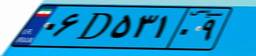
۰۶D۵۳۱۰۹